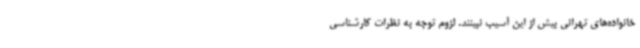
خانواده‌های تهرانی بیش از این آسیب نبینند. لزوم توجه به نظرات کارشناسی